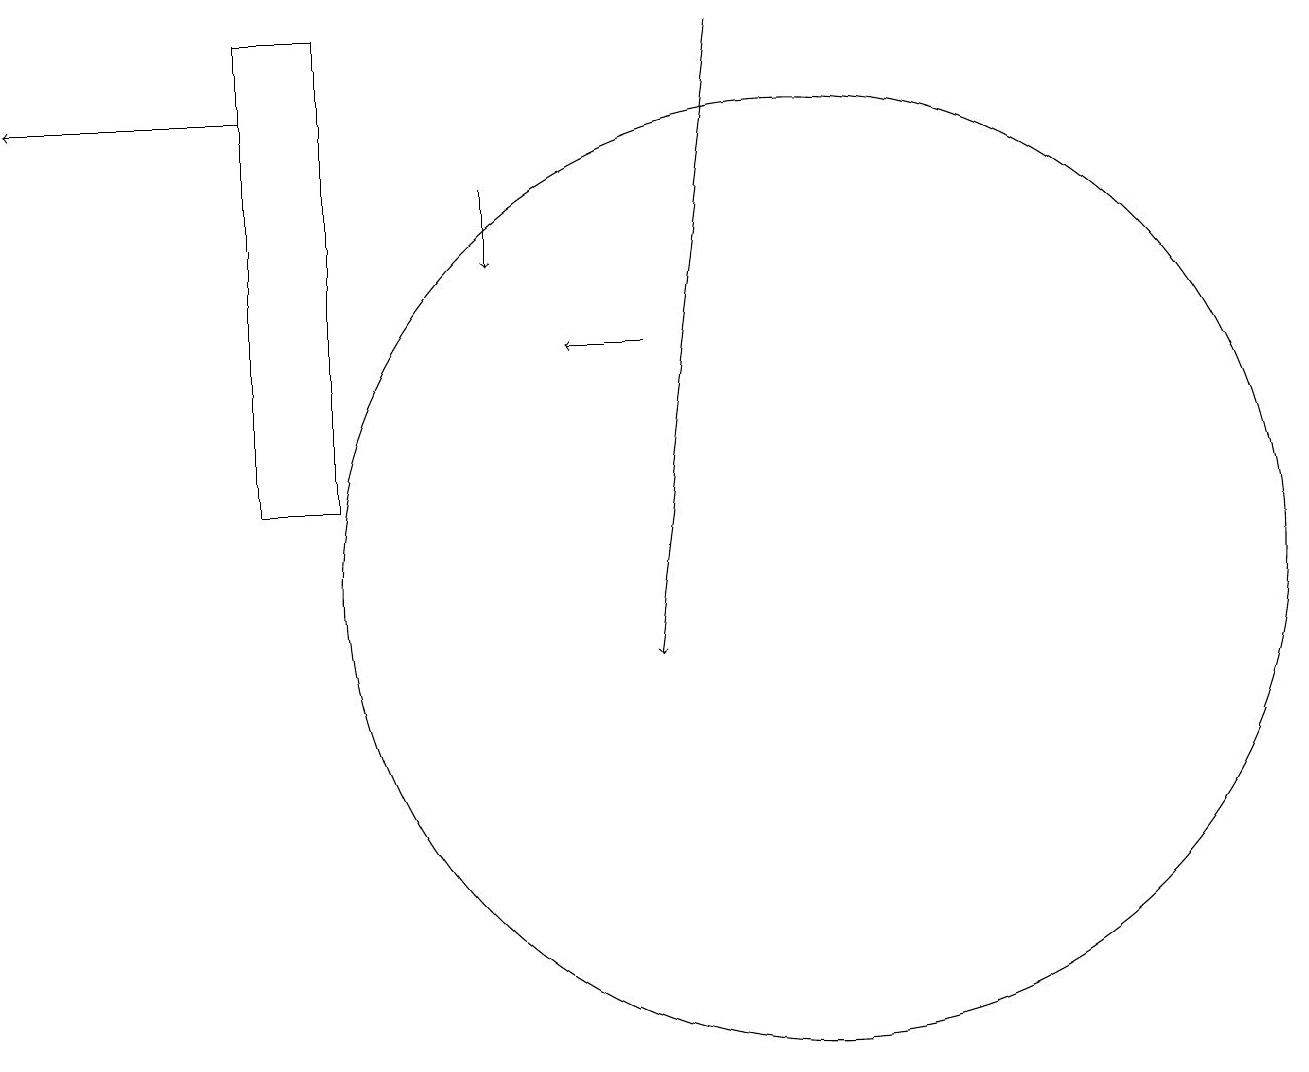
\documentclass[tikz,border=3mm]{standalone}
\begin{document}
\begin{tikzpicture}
\draw (4,13) rectangle (3,19);
\draw (10,12) circle (6);
\draw[->] (8,15) -- (7,15);
\draw[->] (6,17) -- (6,16);
\draw[->] (9,19) -- (8,11);
\draw[->] (3,18) -- (0,18);
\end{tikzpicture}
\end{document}